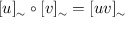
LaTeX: [ u ] _ { \sim } \circ [ v ] _ { \sim } = [ u v ] _ { \sim }